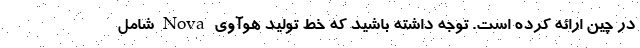
در چین ارائه کرده است. توجه داشته باشید که خط تولید هوآوی Nova شامل